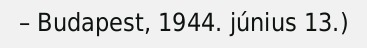
– Budapest, 1944. június 13.)